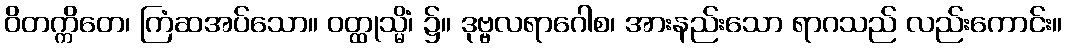
ဝိတက္ကိတေ၊ ကြံဆအပ်သော။ ဝတ္ထုသ္မိံ၊ ၌။ ဒုဗ္ဗလရာဂေါစ၊ အားနည်းသော ရာဂသည် လည်းကောင်း။